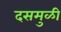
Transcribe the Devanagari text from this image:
दसमुळी